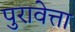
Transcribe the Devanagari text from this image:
पुरावेत्ता